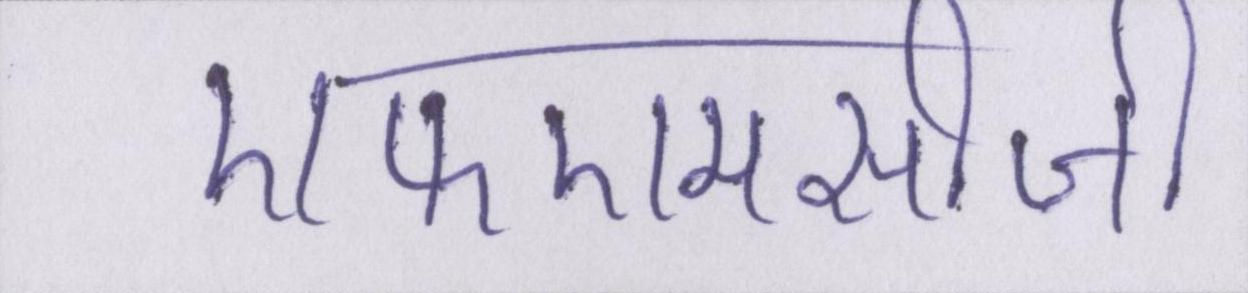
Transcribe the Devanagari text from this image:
एफएमसीजी